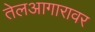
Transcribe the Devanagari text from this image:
तेलआगारावर